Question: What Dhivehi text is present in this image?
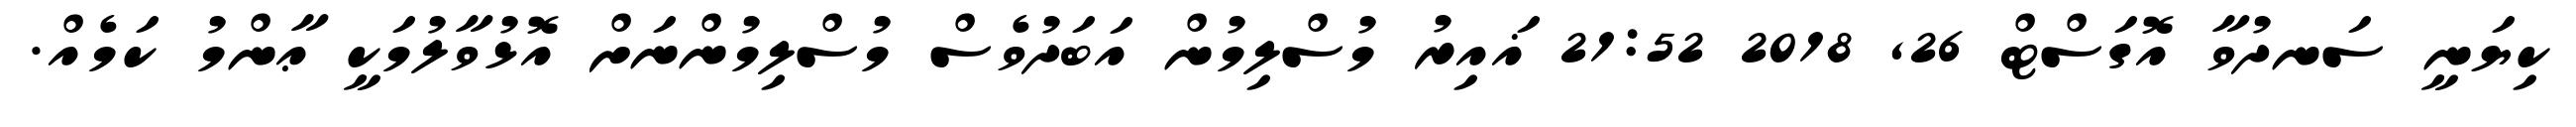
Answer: ކިޔަނީ ސަނދުވާ އޮގަސްޓް 26, 2018 21:52 ޣައިރު މުސްލިމުން އަބަދުވެސް މުސްލިމުންނަށް އޮޅުވާލުމަކީ ޢާންމު ކަމެއް.